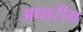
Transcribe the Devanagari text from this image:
अधारीय